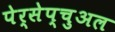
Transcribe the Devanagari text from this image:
पेर्सेप्चुअल